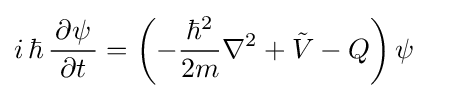
i\,\hbar \,{\frac {\,\partial \psi \,}{\partial t}}=\left(-{\frac {\hbar ^{2}}{2m}}\nabla ^{2}+{\tilde {V}}-Q\right)\psi \quad